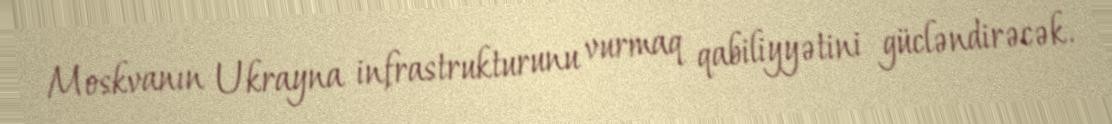
Moskvanın Ukrayna infrastrukturunu vurmaq qabiliyyətini gücləndirəcək.